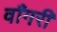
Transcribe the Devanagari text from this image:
वाँगरी